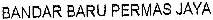
BANDAR BARU PERMAS JAYA